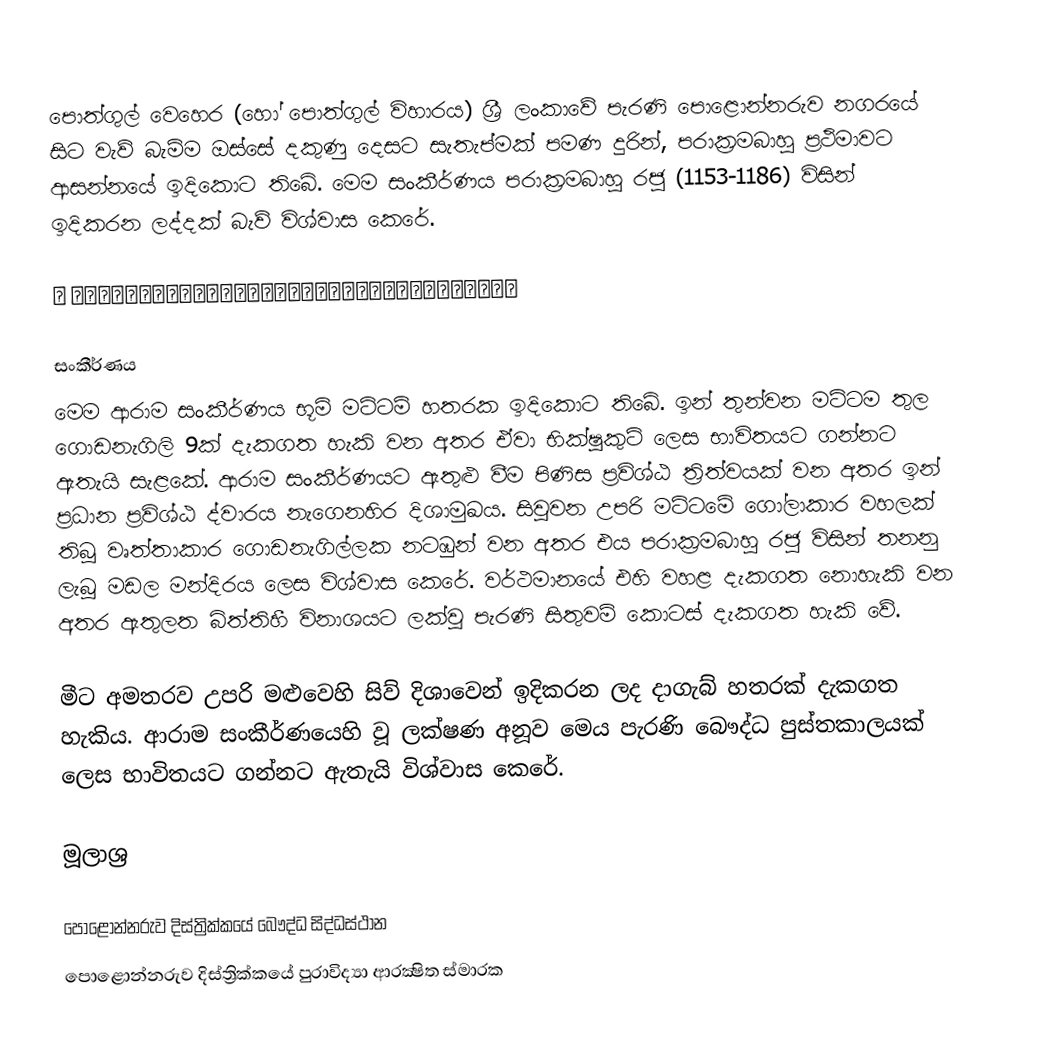
පොත්ගුල් වෙහෙර (හෝ පොත්ගුල් විහාරය) ශ්‍රී ලංකාවේ පැරණි පොළොන්නරුව නගරයේ සිට වැව් බැම්ම ඔස්සේ දකුණු දෙසට සැතැප්මක් පමණ දුරින්, පරාක්‍රමබාහු ප්‍රථිමාවට ආසන්නයේ ඉදිකොට තිබේ. මෙම සංකීර්ණය පරාක්‍රමබාහු රජු (1153-1186) විසින් ඉදිකරන ලද්දක් බැව් විශ්වාස කෙරේ.

🌎 🌎🌎🌎🌎🌎🌎🌎🌎🌎🌎🌎🌎🌎🌎🌎🌎🌎🌎🌎🌎🌎🌎🌎🌎🌎🌎🌎🌎🌎🌎🌎🌎🌎

සංකීර්ණය
මෙම ආරාම සංකීර්ණය භූමි මට්ටම් හතරක ඉදිකොට තිබේ. ඉන් තුන්වන මට්ටම තුල ගොඩනැගිලි 9ක් දැකගත හැකි වන අතර ඒවා භික්ෂුකුටි ලෙස භාවිතයට ගන්නට ඇතැයි සැළකේ. ආරාම සංකීර්ණයට ඇතුළු වීම පිණිස ප්‍රවිශ්ඨ ත්‍රිත්වයක් වන අතර ඉන් ප්‍රධාන ප්‍රවිශ්ඨ ද්වාරය නැගෙනහිර දිශාමුඛය. සිවුවන උපරි මට්ටමේ ගෝලාකාර වහලක් තිබූ වෘත්තාකාර ගොඩනැගිල්ලක නටඹුන් වන අතර එය පරාක්‍රමබාහු රජු විසින් තනනු ලැබූ මඩල මන්දිරය ලෙස විශ්වාස කෙරේ. වර්ථමානයේ එහි වහළ දැකගත නොහැකි වන අතර ඇතුලත බිත්තිහී විනාශයට ලක්වූ පැරණි සිතුවම් කොටස් දැකගත හැකි වේ.

මීට අමතරව උපරි මළුවෙහි සිව් දිශාවෙන් ඉදිකරන ලද දාගැබ් හතරක් දැකගත හැකිය. ආරාම සංකීර්ණයෙහි වූ ලක්ෂණ අනූව මෙය පැරණි බෞද්ධ පුස්තකාලයක් ලෙස භාවිතයට ගන්නට ඇතැයි විශ්වාස කෙරේ.

මූලාශ්‍ර

පොළොන්නරුව දිස්ත්‍රික්කයේ බෞද්ධ සිද්ධස්ථාන‎
පොළොන්නරුව දිස්ත්‍රික්කයේ පුරාවිද්‍යා ආරක්‍ෂිත ස්මාරක‎